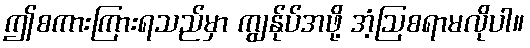
ဤစကားကြားရသည်မှာ ကျွန်ုပ်အဖို့ အံ့ဩစရာမလိုပါ။